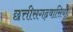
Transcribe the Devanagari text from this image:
छत्तीसगढ़वासियों